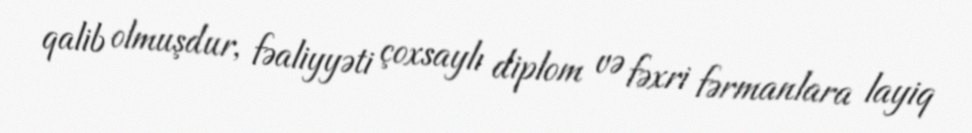
qalib olmuşdur, fəaliyyəti çoxsaylı diplom və fəxri fərmanlara layiq